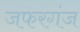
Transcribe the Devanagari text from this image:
जफरगंज